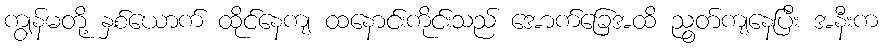
ကျွန်မတို့ နှစ်ယောက် ထိုင်နေကျ ထနောင်းကိုင်းသည် အောက်ခြေအထိ ညွတ်ကျနေပြီး အနီးက